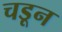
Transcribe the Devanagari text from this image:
चडून